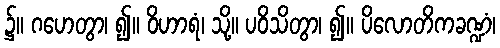
၌။ ဂဟေတွာ၊ ၍။ ဝိဟာရံ၊ သို့။ ပဝိသိတွာ၊ ၍။ ပိလောတိကခဏ္ဍံ၊